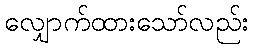
လျှောက်ထားသော်လည်း